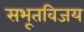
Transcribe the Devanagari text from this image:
सभूतविजय